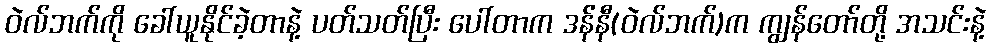
ဝဲလ်ဘက်ကို ခေါ်ယူနိုင်ခဲ့တာနဲ့ ပတ်သတ်ပြီး ပေါ်တာက ဒန််နီ(ဝဲလ်ဘက်)က ကျွန်တော်တို့ အသင်းနဲ့